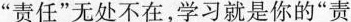
”责任”无处不在，学习就是你的”责